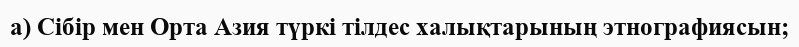
а) Сібір мен Орта Азия түркі тілдес халықтарының этнографиясын;